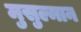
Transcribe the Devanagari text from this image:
मुसुल्मान